Lunatic asylums Bombay report 1891-1903 - 1891-1903
Year: 1891
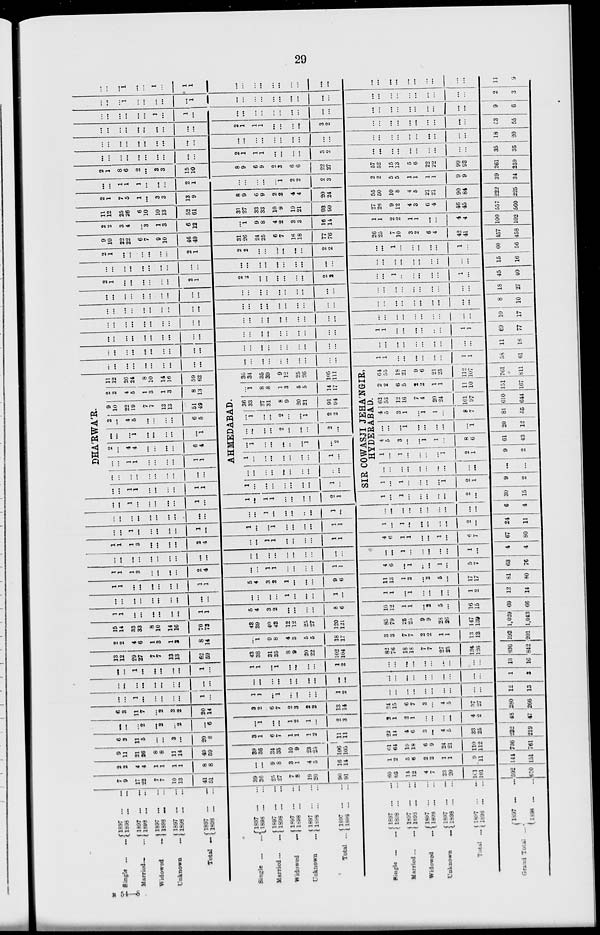
29
Single ... ...
Married ... ...
Widowed ...
Unknown
...
Total ...
Single
...
...
Married
...
...
Widowed ...
Unknown ...
Total ...
Single
...
...
Married
...
...
Widowed
...
Unknown ...
Total ...
Grand Total ...
1897 ... ...
1898 ... ...
1897 ... ...
1898 ... ...
1897 ... ...
1898 ... ...
1897 ... ...
1898 ... ...
1897 ... ...
1898
...
...
1897
...
...
1898 ... ...
1897 ... ...
1898 ... ...
1897 ... ...
1898 ... ...
1897 ... ...
1898 ... ...
1897 ... ...
1898 ... ...
1897 ... ...
1898 ... ...
1897
...
...
1898 ... ...
1897
...
...
1898 ... ...
1897 ... ...
1898 ... ...
1897 ... ...
1898 ... ...
1897 ... ...
1898 ... ...
7
9
17
22
7
7
10
13
41
51
39
36
25
27
7
8
19
20
90
91
60
62
14
12
4
7
23
20
161
101
592
610
2
2
4
4
1
1
1
1
8
8
...
...
9
8
3
1
4
5
16
14
1
2
5
6
2
2
1
1
9
11
144
151
9
11
21
26
8
8
11
14
49
59
39
36
34
35
10
9
23
25
106
105
61
64
19
18
6
9
24
21
110
112
736
761
6
3
11
5
...
...
3
...
20
8
3
1
6
7
1
1
1
2
11
11
22
14
4
6
3
...
4
5
33
25
232
219
...
...
...
2
...
2
...
2
...
6
...
1
...
...
1
2
1
...
2
3
3
1
2
1
...
...
...
...
4
2
48
47
6
3
11
7
...
2
3
2
20
14
3
2
6
7
2
3
2
2
13
14
4
15
6
7
3
...
4
5
37
27
280
266
...
...
1
...
...
...
...
...
1
...
1
1
...
1
...
...
...
...
1
2
...
...
...
...
...
...
...
...
...
...
12
13
...
...
...
...
...
...
...
...
...
...
...
...
...
...
...
...
...
...
...
...
...
...
...
...
...
...
...
...
...
...
1
3
...
...
1
...
...
...
...
...
1
...
1
1
...
1
...
...
...
...
1
2
...
...
...
...
...
...
...
...
...
...
13
16
13
12
29
27
7
7
13
13
62
59
43
38
31
35
8
9
20
22
102
104
82
76
18
18
7
7
27
25
134
126
836
842
2
2
4
6
1
3
1
3
8
14
...
1
9
8
4
3
5
5
18
17
3
3
7
7
2
2
1
1
13
13
193
201
15
14
33
33
8
10
14
16
70
73
43
39
40
43
12
12
25
27
120
121
85
79
25
25
9
9
28
26
147
139
1,029
1,043
1
1
...
...
...
...
...
...
1
1
5
4
3
2
...
...
...
...
8
6
10
12
1
1
...
2
5
...
16
15
69
66
...
...
...
...
...
...
...
...
...
...
...
...
...
...
1
...
...
...
1
1
1
...
1
...
...
...
...
1
2
12
14
1
1
...
...
...
...
...
...
1
1
5
4
3
2
1
...
...
...
9
6
11
13
1
2
...
2
5
...
17
17
81
80
1
1
1
3
...
...
...
...
2
4
...
...
1
1
...
...
...
...
1
1
4
6
...
1
...
...
1
...
5
7
63
76
...
...
...
...
...
...
...
...
...
...
...
...
...
...
...
...
...
...
...
...
...
...
1
...
...
...
...
...
1
...
4
4
1
1
1
3
...
...
...
...
2
4
...
...
1
1
...
...
...
...
1
1
4
6
1
1
...
...
1
...
6
7
67
80
...
...
1
...
...
...
...
...
1
...
1
...
...
1
...
...
...
...
1
1
1
...
1
...
...
...
...
...
2
...
24
11
...
...
...
...
...
...
...
...
...
...
...
...
1
...
...
...
...
...
1
...
...
...
...
...
...
...
...
...
...
...
6
4
...
...
1
...
...
...
...
...
1
...
1
...
1
1
...
...
...
...
2
1
1
...
1
...
...
...
...
...
2
...
30
15
BHÁRWÁR.
...
...
1
1
...
...
...
...
1
1
...
...
...
...
...
...
...
...
...
...
...
...
1
1
...
...
...
...
1
1
2
...
4
4
...
...
...
...
6
4
...
...
...
1
...
...
...
...
...
1
2
...
4
5
...
...
...
...
6
5
9
10
22
19
7
7
13
13
51
49
2
2
4
5
1
3
1
3
8
13
11
12
26
24
8
10
14
16
59
62
AHMEDABAD.
1
...
...
...
...
...
...
...
1
...
...
...
...
...
...
...
...
...
...
...
1
...
...
...
...
...
...
...
1
...
...
1
...
...
...
...
...
1
...
2
...
...
...
...
2
...
...
...
2
...
...
1
...
...
2
...
...
1
2
2
36
33
27
31
8
9
20
21
91
94
...
1
8
8
1
3
5
5
14
17
36
34
35
39
9
12
25
26
105
111
SIR COWASJI JEHÁNGIR,
HYDERABAD.
1
...
1
...
...
...
...
1
2
1
9
2
...
...
...
...
...
...
...
...
...
...
...
...
1
...
1
...
...
...
...
1
2
1
9
2
4
5
3
...
...
1
1
...
8
6
61
43
...
...
...
1
...
...
...
...
...
1
20
12
4
5
3
1
...
1
1
...
8
7
81
55
62
53
12
16
7
4
20
24
101
97
610
644
2
2
6
5
2
2
1
1
11
10
151
167
64
55
18
21
9
6
21
25
112
l07
761
811
...
...
...
...
...
...
...
...
...
...
...
...
...
...
...
...
...
...
...
...
1
1
...
...
...
...
...
...
1
1
58
61
...
...
...
...
...
...
...
...
...
...
...
...
...
...
...
...
...
...
...
...
...
...
...
...
...
...
...
...
...
...
11
16
...
...
...
...
...
...
...
...
...
...
...
...
...
...
...
...
...
...
...
...
1
1
...
...
...
...
...
...
1
1
69
77
...
...
...
...
...
...
...
...
...
...
...
...
...
...
...
...
...
...
...
...
...
...
...
...
...
...
...
...
...
...
10
17
...
...
...
...
...
...
...
...
...
...
...
...
...
...
...
...
...
...
...
...
...
...
...
...
...
...
...
...
...
...
8
10
...
...
...
...
...
...
...
...
...
...
...
...
...
...
...
...
...
...
...
...
...
...
...
...
...
...
...
...
...
...
18
27
2
1
...
...
...
...
...
...
2
1
2
...
...
...
...
...
...
...
2
2
...
...
1
...
...
...
...
...
1
...
45
40
...
...
...
...
...
...
...
...
...
...
...
...
...
...
...
...
...
...
...
...
...
...
...
...
...
...
...
...
...
...
15
16
2
1
...
...
...
...
...
...
2
1
2
2
...
...
...
...
...
...
2
2
...
...
1
...
...
...
...
...
1
...
60
56
9
10
22
22
6
7
9
10
46
49
31
26
24
25
6
7
16
18
77
76
26
25
7
10
3
2
6
4
42
41
457
458
2
2
3
4
...
3
1
3
6
12
...
1
9
8
4
2
3
3
16
14
1
1
2
2
1
1
...
...
4
4
100
102
11
12
25
26
6
10
10
13
52
61
31
27
33
33
10
9
19
21
93
90
27
26
9
12
4
3
6
4
46
45
557
560
2
1
7
5
1
...
3
3
13
9
8
9
6
9
2
2
4
4
20
24
55
50
10
8
4
5
21
21
90
84
222
225
...
...
1
1
1
...
...
...
2
1
...
...
...
...
...
1
2
2
2
3
2
2
5
5
1
1
1
1
9
9
39
34
2
1
8
6
2
...
3
3
15
10
8
9
6
9
2
3
6
6
22
27
57
52
15
13
5
6
22
22
99
93
261
259
...
...
...
...
...
...
...
...
...
...
2
1
1
1
...
...
...
...
3
2
...
...
...
...
...
...
...
...
...
...
35
35
...
...
...
...
...
...
...
...
...
...
...
...
...
...
...
...
...
...
...
...
...
...
...
...
...
...
...
...
...
...
18
20
...
...
...
...
...
...
...
...
...
...
2
1
1
1
...
...
...
...
3
2
...
...
...
...
...
...
...
...
...
...
53
55
...
...
...
...
...
...
1
...
1
...
...
...
...
...
...
...
...
...
...
...
...
...
...
...
...
...
...
...
...
...
9
6
...
...
...
1
...
...
...
...
...
1
...
...
...
...
...
...
...
...
...
...
...
...
...
...
...
...
...
...
...
...
2
3
...
...
...
1
...
...
1
...
1
1
...
...
...
...
...
...
...
...
...
...
...
...
...
...
...
...
...
...
...
11
9
R 54—8